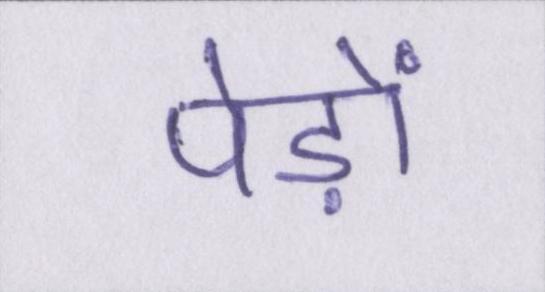
पेड़ों